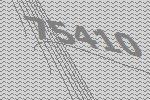
75410